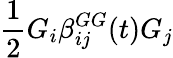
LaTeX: \frac{1}{2}G_{i}\beta_{ij}^{GG}(t)G_{j}